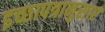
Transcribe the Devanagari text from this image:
इच्छापत्रानुसार